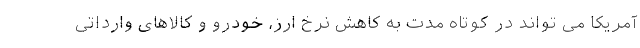
آمریکا می تواند در کوتاه مدت به کاهش نرخ ارز، خودرو و کالاهای وارداتی